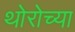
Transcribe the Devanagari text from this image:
थोरोच्या